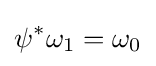
\psi ^{*}\omega _{1}=\omega _{0}